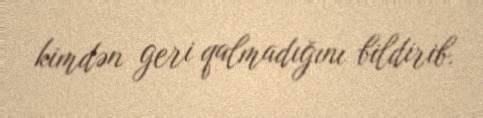
kimdən geri qalmadığını bildirib.